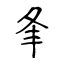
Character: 夆